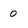
Character: 0